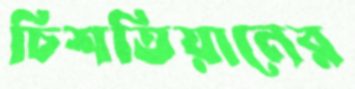
চিশতিয়ানের